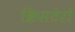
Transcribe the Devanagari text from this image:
क्रिसटेरो